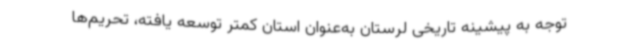
توجه به پیشینه تاریخی لرستان به‌عنوان استان کمتر توسعه یافته، تحریم‌ها